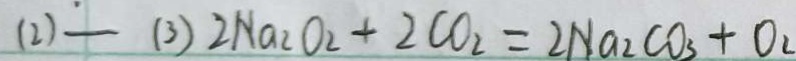
( 2 ) - ( 3 ) 2 N a _ { 2 } O _ { 2 } + 2 C O _ { 2 } = 2 N a _ { 2 } C O _ { 3 } + O _ { 2 }